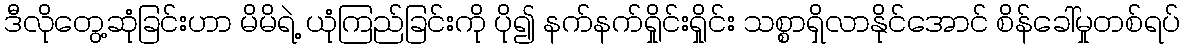
ဒီလိုတွေ့ဆုံခြင်းဟာ မိမိရဲ့ ယုံကြည်ခြင်းကို ပို၍ နက်နက်ရှိုင်းရှိုင်း သစ္စာရှိလာနိုင်အောင် စိန်ခေါ်မှုတစ်ရပ်